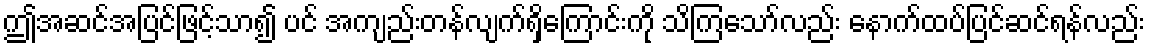
ဤအဆင်အပြင်ဖြင့်သာ၍ ပင် အကျည်းတန်လျက်ရှိကြောင်းကို သိကြသော်လည်း နောက်ထပ်ပြင်ဆင်ရန်လည်း